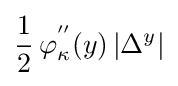
{\frac {1}{2}}\,\varphi _{\kappa }^{''}(y)\left|\Delta ^{y}\right|